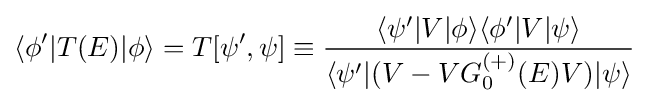
\langle \phi '|T(E)|\phi \rangle =T[\psi ',\psi ]\equiv {\frac {\langle \psi '|V|\phi \rangle \langle \phi '|V|\psi \rangle }{\langle \psi '|(V-VG_{0}^{(+)}(E)V)|\psi \rangle }}